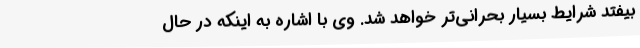
بیفتد شرایط بسیار بحرانی‌تر خواهد شد. وی با اشاره به اینکه در حال